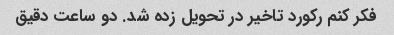
فکر کنم رکورد تاخیر در تحویل زده شد. دو ساعت دقیق